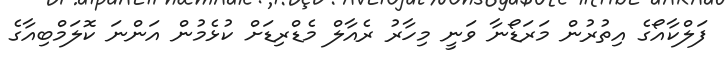
ފަލްކާއޯގެ އިތުރުން މަރަޑޯނާ ވަނީ މިހާރު ރެއާލް މެޑްރިޑަށް ކުޅެމުން އަންނަ ކޮލަމްބިއާގެ